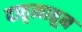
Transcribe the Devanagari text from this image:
दातृत्वातून